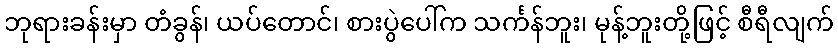
ဘုရားခန်းမှာ တံခွန်၊ ယပ်တောင်၊ စားပွဲပေါ်က သင်္ကန်ဘူး၊ မုန့်ဘူးတို့ဖြင့် စီရီလျက်